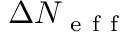
\Delta N _ { \mathrm { ~ e ~ f ~ f ~ } }